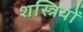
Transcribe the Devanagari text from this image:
शस्त्रियों